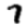
Digit: 7